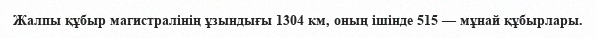
Жалпы құбыр магистралінің ұзындығы 1304 км, оның ішінде 515 — мұнай құбырлары.